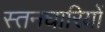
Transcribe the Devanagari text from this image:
स्तनघारियों